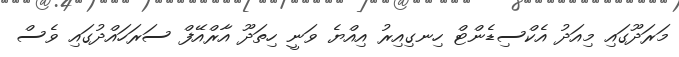
މަރަދޫގައި މިއަދު އެކްސިޑެންޓް ހިނގިއިރު އިއްޔެ ވަނީ ހިތަދޫ އާރްއޭފް ސަރަހައްދުގައި ވެސް